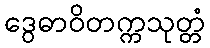
ဒွေဓာဝိတက္ကသုတ္တံ